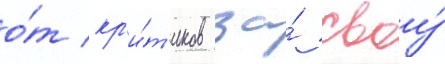
о́т кр'и́т'иков за́ своу́